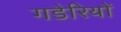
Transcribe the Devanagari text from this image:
गडेरियों